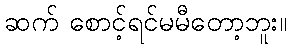
ဆက် စောင့်ရင်မမီတော့ဘူး။